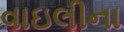
વાઇલીના